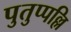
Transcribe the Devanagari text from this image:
पुतुप्पल्लि